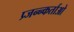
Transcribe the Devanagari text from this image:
प्र्जन्न्कर्ताओ